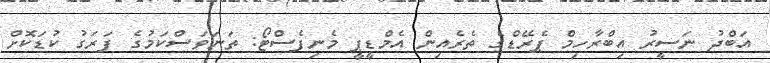
އަބްދު ނަސީރު އިބްރާހިމް ޕެރޭޑްގެ ތެރެއިން އެމްޑީޕީ މެނިފެސްޓޯ: ތަނަވަސްކަމުގެ ފަރަގު ކުޑަކޮށް